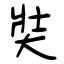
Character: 奘